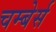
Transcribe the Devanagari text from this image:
चम्बेर्स